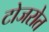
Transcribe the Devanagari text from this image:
टोजरोत